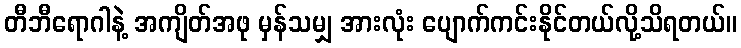
တီဘီရောဂါနဲ့ အကျိတ်အဖု မှန်သမျှ အားလုံး ပျောက်ကင်းနိုင်တယ်လို့သိရတယ်။